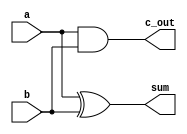
//----------------------------------------------------------------------
//Mohit Bhole
//iverilog
//Source: http://bleyer.org/icarus/

//----------------------------------------------------------------------


//Simple components are used from Dr. Becker's slides
module AddHalf (input a, b, 
                output c_out, sum);

   xor G1(sum, a, b);	// Gate instance names are optional
   and G2(c_out, a, b);

endmodule 

module AddFull (input a, b, c_in, 
                output c_out, sum);	

   wire                w1, w2, w3;				// w1 is c_out; w2 is sum of first half adder
   AddHalf M1 (a, b, w1, w2);
   AddHalf M0 (w2, c_in, w3, sum);
   or (c_out, w1, w3);

endmodule 

module Mux2 (out, signal, in1, in2);

   parameter n = 4;
   input signal;
   input [n-1:0] in1;
   input [n-1:0] in2;
   output [n-1:0] out;
   assign out = (signal? in1 : in2);

endmodule 

module Mux4(a3, a2, a1, a0, s, b);

   parameter k = 5;
   input [k-1:0] a3, a2, a1, a0; // inputs
   input [3:0]   s;              // one-hot select
   output [k-1:0] b;
   assign b = (s[0]? a0 :
               (s[1]? a1 :
                (s[2]? a2 : a3)));

endmodule 

module binaryMux4(a,b,c,d,sel,out);

   parameter n = 16;
   input [n-1:0] a;        // 4-bit input called a
   input [n-1:0] b;        // 4-bit input called b
   input [n-1:0] c;        // 4-bit input called c
   input [n-1:0] d;        // 4-bit input called d
   input [1:0] sel;        // input sel used to select between a,b,c,d
   output [n-1:0] out;     // 4-bit output based on input sel
 
   // When sel[1] is 0, (sel[0]? b:a) is selected and when sel[1] is 1, (sel[0] ? d:c) is taken
   // When sel[0] is 0, a is sent to output, else b and when sel[0] is 0, c is sent to output, else d
   assign out = sel[1] ? (sel[0] ? d : c) : (sel[0] ? b : a);

endmodule

module fourBitPriorityEncoder(in, out, valid);

   input [3:0] in;
   output valid;
   output [1:0] out;
   wire and1;
   and A1(and1, in[1],~in[2]);
   or O1(out[1], in[2],in[3]);
   or O2(out[0],in[3],and1);
   assign valid = in[3] | in[2] | in[1] | in[0];

endmodule

module sixteenBitPriorityEncoder(in, out, valid);

   input [15:0] in;
   output [3:0] out;
   output valid;
   wire [1:0] e1o,e2o,e3o,e4o;
   wire [1:0] o1,o2,o3,o4;
   wire [3:0] con1,con2;
   
   wire v0,v1,v2,v3,v4,v5;
   assign o1[0] = e1o[0] ^ v0;
   assign o2[0] = e2o[0] ^ v1;
   assign o3[0] = e3o[0] ^ v2;
   assign o4[0] = e4o[0] ^ v3;
   assign o1[1] = e1o[1];
   assign o2[1] = e2o[1];
   assign o3[1] = e3o[1];
   assign o4[1] = e4o[1];
   assign con1 = {{o4[0]|o4[1]},{o3[0]|o3[1]},{o2[0]|o2[1]},{o1[0]|o1[1]}};   //used to determine the first 

   fourBitPriorityEncoder e1(in[3:0],e1o,v0);
   fourBitPriorityEncoder e2(in[7:4],e2o,v1);
   fourBitPriorityEncoder e3(in[11:8],e3o,v2);
   fourBitPriorityEncoder e4(in[15:12],e4o,v3);
   fourBitPriorityEncoder e5(con1,out[3:2],v4);                         //We encode con1 to use the out as a selector for the mux
   fourBitPriorityEncoder e6(con2,out[1:0],v5); 
   binaryMux4 #(4) m(in[3:0],in[7:4],in[11:8],in[15:12],out[3:2],con2); //depending on which section we choose the second part of the accordingly
   assign valid = v4 | v5;

endmodule

module Sub(a, b, cin, ovf, diff);

   parameter n = 16;
   input [n-1:0] a, b;
   output [n-1:0] diff;
   input         cin;
   output        ovf;
   wire [n-1:0]   carry;
   wire [n-1:0]   w;
   wire [n-1:0]   xorWire;
   assign xorWire = {n{1'b1}};                                          //fill cinWire up with the cin value n times so it can be xor'd
   assign w = b ^ xorWire;                                              //xor the values
   genvar i;                                                            //variable for iteration in generate for loop
   generate                                                             //generate code over and over
      for (i = 0;i<n;i=i+1) begin                                       //generate multiple instances
         if(i==0)                                                       //For the first time take the cin
            AddFull A0(a[i], w[i], cin, carry[i], diff[i]);
         else                                                           //otherwise just do the usual
            AddFull A(a[i], w[i], carry[i-1], carry[i], diff[i]);
         end
      assign ovf = carry[n-1]^cin;                                      //assign the cout to the proper value
   endgenerate

endmodule 

module ShiftLeft(num, shift, shifted);

   input [15:0]  num;
   input [3:0]   shift;                                                 // max shift amount is 15
   output [15:0] shifted;
   
   wire [15:0]   layer0;
   wire [15:0]   layer1;
   wire [15:0]   layer2;

   parameter n = 1;
   // layer 0
   Mux2 #(n) SL0_0  (layer0[0],  shift[0], 1'b0,    num[0]);
   Mux2 #(n) SL0_1  (layer0[1],  shift[0], num[0],  num[1]);
   Mux2 #(n) SL0_2  (layer0[2],  shift[0], num[1],  num[2]);
   Mux2 #(n) SL0_3  (layer0[3],  shift[0], num[2],  num[3]);
   Mux2 #(n) SL0_4  (layer0[4],  shift[0], num[3],  num[4]);
   Mux2 #(n) SL0_5  (layer0[5],  shift[0], num[4],  num[5]);
   Mux2 #(n) SL0_6  (layer0[6],  shift[0], num[5],  num[6]);
   Mux2 #(n) SL0_7  (layer0[7],  shift[0], num[6],  num[7]);
   Mux2 #(n) SL0_8  (layer0[8],  shift[0], num[7],  num[8]);
   Mux2 #(n) SL0_9  (layer0[9],  shift[0], num[8],  num[9]);
   Mux2 #(n) SL0_10 (layer0[10], shift[0], num[9],  num[10]);
   Mux2 #(n) SL0_11 (layer0[11], shift[0], num[10], num[11]);
   Mux2 #(n) SL0_12 (layer0[12], shift[0], num[11], num[12]);
   Mux2 #(n) SL0_13 (layer0[13], shift[0], num[12], num[13]);
   Mux2 #(n) SL0_14 (layer0[14], shift[0], num[13], num[14]);
   Mux2 #(n) SL0_15 (layer0[15], shift[0], num[14], num[15]);
   // layer 2
   Mux2 #(n) SL1_0  (layer1[0],  shift[1], 1'b0,       layer0[0]);
   Mux2 #(n) SL1_1  (layer1[1],  shift[1], 1'b0,       layer0[1]);
   Mux2 #(n) SL1_2  (layer1[2],  shift[1], layer0[0],  layer0[2]);
   Mux2 #(n) SL1_3  (layer1[3],  shift[1], layer0[1],  layer0[3]);
   Mux2 #(n) SL1_4  (layer1[4],  shift[1], layer0[2],  layer0[4]);
   Mux2 #(n) SL1_5  (layer1[5],  shift[1], layer0[3],  layer0[5]);
   Mux2 #(n) SL1_6  (layer1[6],  shift[1], layer0[4],  layer0[6]);
   Mux2 #(n) SL1_7  (layer1[7],  shift[1], layer0[5],  layer0[7]);
   Mux2 #(n) SL1_8  (layer1[8],  shift[1], layer0[6],  layer0[8]);
   Mux2 #(n) SL1_9  (layer1[9],  shift[1], layer0[7],  layer0[9]);
   Mux2 #(n) SL1_10 (layer1[10], shift[1], layer0[8],  layer0[10]);
   Mux2 #(n) SL1_11 (layer1[11], shift[1], layer0[9],  layer0[11]);
   Mux2 #(n) SL1_12 (layer1[12], shift[1], layer0[10], layer0[12]);
   Mux2 #(n) SL1_13 (layer1[13], shift[1], layer0[11], layer0[13]);
   Mux2 #(n) SL1_14 (layer1[14], shift[1], layer0[12], layer0[14]);
   Mux2 #(n) SL1_15 (layer1[15], shift[1], layer0[13], layer0[15]);
   // layer 2
   Mux2 #(n) SL2_0  (layer2[0],  shift[2], 1'b0,       layer1[0]);
   Mux2 #(n) SL2_1  (layer2[1],  shift[2], 1'b0,       layer1[1]);
   Mux2 #(n) SL2_2  (layer2[2],  shift[2], 1'b0,       layer1[2]);
   Mux2 #(n) SL2_3  (layer2[3],  shift[2], 1'b0,       layer1[3]);
   Mux2 #(n) SL2_4  (layer2[4],  shift[2], layer1[0],  layer1[4]);
   Mux2 #(n) SL2_5  (layer2[5],  shift[2], layer1[1],  layer1[5]);
   Mux2 #(n) SL2_6  (layer2[6],  shift[2], layer1[2],  layer1[6]);
   Mux2 #(n) SL2_7  (layer2[7],  shift[2], layer1[3],  layer1[7]);
   Mux2 #(n) SL2_8  (layer2[8],  shift[2], layer1[4],  layer1[8]);
   Mux2 #(n) SL2_9  (layer2[9],  shift[2], layer1[5],  layer1[9]);
   Mux2 #(n) SL2_10 (layer2[10], shift[2], layer1[6],  layer1[10]);
   Mux2 #(n) SL2_11 (layer2[11], shift[2], layer1[7],  layer1[11]);
   Mux2 #(n) SL2_12 (layer2[12], shift[2], layer1[8],  layer1[12]);
   Mux2 #(n) SL2_13 (layer2[13], shift[2], layer1[9],  layer1[13]);
   Mux2 #(n) SL2_14 (layer2[14], shift[2], layer1[10], layer1[14]);
   Mux2 #(n) SL2_15 (layer2[15], shift[2], layer1[11], layer1[15]);
   // layer 3
   Mux2 #(n) SL3_0  (shifted[0],  shift[3], 1'b0,      layer2[0]);
   Mux2 #(n) SL3_1  (shifted[1],  shift[3], 1'b0,      layer2[1]);
   Mux2 #(n) SL3_2  (shifted[2],  shift[3], 1'b0,      layer2[2]);
   Mux2 #(n) SL3_3  (shifted[3],  shift[3], 1'b0,      layer2[3]);
   Mux2 #(n) SL3_4  (shifted[4],  shift[3], 1'b0,      layer2[4]);
   Mux2 #(n) SL3_5  (shifted[5],  shift[3], 1'b0,      layer2[5]);
   Mux2 #(n) SL3_6  (shifted[6],  shift[3], 1'b0,      layer2[6]);
   Mux2 #(n) SL3_7  (shifted[7],  shift[3], 1'b0,      layer2[7]);
   Mux2 #(n) SL3_8  (shifted[8],  shift[3], layer2[0], layer2[8]);
   Mux2 #(n) SL3_9  (shifted[9],  shift[3], layer2[1], layer2[9]);
   Mux2 #(n) SL3_10 (shifted[10], shift[3], layer2[2], layer2[10]);
   Mux2 #(n) SL3_11 (shifted[11], shift[3], layer2[3], layer2[11]);
   Mux2 #(n) SL3_12 (shifted[12], shift[3], layer2[4], layer2[12]);
   Mux2 #(n) SL3_13 (shifted[13], shift[3], layer2[5], layer2[13]);
   Mux2 #(n) SL3_14 (shifted[14], shift[3], layer2[6], layer2[14]);
   Mux2 #(n) SL3_15 (shifted[15], shift[3], layer2[7], layer2[15]);

endmodule 


module changeSign(sign,num,out);

   parameter n= 16;
   input sign;
   input [n-1:0] num;
   output [n-1:0] out;
   wire valid;
   wire [n-1:0] flippedNum;
   Sub #(n) S(16'b0,num,1'b1,valid,flippedNum);
   Mux2 #(n) m(out,sign,flippedNum,num);

endmodule

module flipNegativeNum(sign,num1,num2,out1,out2);

   parameter n = 16;
   input sign;
   input [n-1:0] num1,num2;
   output [n-1:0] out1,out2;
   wire [n-1:0] flippedNum1,flippedNum2, tempIn1, tempIn2;
   changeSign #(n) cS1(sign,num1,flippedNum1);
   changeSign #(n) cS2(sign,num2,flippedNum2);
   Mux2 #(n) M1(out1,num1[n-1],flippedNum1,num1);
   Mux2 #(n) M2(out2,num2[n-1],flippedNum2,num2);

endmodule

module equalBitsDivide(dividend,divisor, quotient, rem);

   input [15:0] dividend,divisor;
   output [15:0] quotient, rem;
   assign quotient[15:1] = 14'b0;
   divideModule divideM(dividend,divisor,quotient[0],rem);

endmodule

module oneShiftDivide(dividend,divisor, quotient, rem);

   input [15:0] dividend;
   input [15:0] divisor;
   output [15:0] quotient, rem;
   wire [15:0] shiftedDivisor1;
   wire [15:0] rem13;
   
   assign quotient[15:2] = 12'b0;

   ShiftLeft sll1(divisor,4'b0001,shiftedDivisor1);

   divideModule divideM13(dividend,shiftedDivisor1,quotient[1],rem13);
   divideModule divideM14(rem13,divisor,quotient[0],rem);

endmodule

module twoShiftDivide(dividend,divisor, quotient, rem);

   input [15:0] dividend;
   input [15:0] divisor;
   output [15:0] quotient, rem;
   wire [15:0] shiftedDivisor1,shiftedDivisor2,shiftedDivisor3;
   wire [15:0] rem11,rem12,rem13;
   
   assign quotient[15:3] = 12'b0;

   ShiftLeft sll2(divisor,4'b0010,shiftedDivisor2);
   ShiftLeft sll1(divisor,4'b0001,shiftedDivisor1);

   divideModule divideM12(dividend,shiftedDivisor2,quotient[2],rem12);
   divideModule divideM13(rem12,shiftedDivisor1,quotient[1],rem13);
   divideModule divideM14(rem13,divisor,quotient[0],rem);

endmodule

module threeShiftDivide(dividend,divisor, quotient, rem);

   input [15:0] dividend;
   input [15:0] divisor;
   output [15:0] quotient, rem;
   wire [15:0] shiftedDivisor1,shiftedDivisor2,shiftedDivisor3;
   wire [15:0] rem11,rem12,rem13;
   
   assign quotient[15:4] = 11'b0;

   ShiftLeft sll3(divisor,4'b0011,shiftedDivisor3);
   ShiftLeft sll2(divisor,4'b0010,shiftedDivisor2);
   ShiftLeft sll1(divisor,4'b0001,shiftedDivisor1);

   divideModule divideM11(dividend,shiftedDivisor3,quotient[3],rem11);
   divideModule divideM12(rem11,shiftedDivisor2,quotient[2],rem12);
   divideModule divideM13(rem12,shiftedDivisor1,quotient[1],rem13);
   divideModule divideM14(rem13,divisor,quotient[0],rem);

endmodule

module fourShiftDivide(dividend,divisor, quotient, rem);

   input [15:0] dividend;
   input [15:0] divisor;
   output [15:0] quotient, rem;
   wire [15:0] shiftedDivisor1,shiftedDivisor2,shiftedDivisor3,
               shiftedDivisor4;
   wire [15:0] rem10,rem11,rem12,
               rem13;

   assign quotient[15:5] = 11'b0;

   ShiftLeft sll4(divisor,4'b0100,shiftedDivisor4);
   ShiftLeft sll3(divisor,4'b0011,shiftedDivisor3);
   ShiftLeft sll2(divisor,4'b0010,shiftedDivisor2);
   ShiftLeft sll1(divisor,4'b0001,shiftedDivisor1);
   
   divideModule divideM10(dividend,shiftedDivisor4,quotient[4],rem10);
   divideModule divideM11(rem10,shiftedDivisor3,quotient[3],rem11);
   divideModule divideM12(rem11,shiftedDivisor2,quotient[2],rem12);
   divideModule divideM13(rem12,shiftedDivisor1,quotient[1],rem13);
   divideModule divideM14(rem13,divisor,quotient[0],rem);

endmodule

module fiveShiftDivide(dividend,divisor, quotient, rem);

   input [15:0] dividend;
   input [15:0] divisor;
   output [15:0] quotient, rem;
   wire [15:0] shiftedDivisor1,shiftedDivisor2,shiftedDivisor3,
               shiftedDivisor4,shiftedDivisor5;
   wire [15:0] rem9,rem10,rem11,
               rem12,rem13;

   assign quotient[15:6] = 10'b0;

   ShiftLeft sll5(divisor,4'b0101,shiftedDivisor5);
   ShiftLeft sll4(divisor,4'b0100,shiftedDivisor4);
   ShiftLeft sll3(divisor,4'b0011,shiftedDivisor3);
   ShiftLeft sll2(divisor,4'b0010,shiftedDivisor2);
   ShiftLeft sll1(divisor,4'b0001,shiftedDivisor1);

   divideModule divideM9(dividend,shiftedDivisor5,quotient[5],rem9);
   divideModule divideM10(rem9,shiftedDivisor4,quotient[4],rem10);
   divideModule divideM11(rem10,shiftedDivisor3,quotient[3],rem11);
   divideModule divideM12(rem11,shiftedDivisor2,quotient[2],rem12);
   divideModule divideM13(rem12,shiftedDivisor1,quotient[1],rem13);
   divideModule divideM14(rem13,divisor,quotient[0],rem);

endmodule

module sixShiftDivide(dividend,divisor, quotient, rem);

   input [15:0] dividend;
   input [15:0] divisor;
   output [15:0] quotient, rem;
   wire [15:0] shiftedDivisor1,shiftedDivisor2,shiftedDivisor3,
               shiftedDivisor4,shiftedDivisor5,shiftedDivisor6;
   wire [15:0] rem8,rem9,rem10,
               rem11,rem12,rem13;

   assign quotient[15:7] = 9'b0;

   ShiftLeft sll6(divisor,4'b0110,shiftedDivisor6);
   ShiftLeft sll5(divisor,4'b0101,shiftedDivisor5);
   ShiftLeft sll4(divisor,4'b0100,shiftedDivisor4);
   ShiftLeft sll3(divisor,4'b0011,shiftedDivisor3);
   ShiftLeft sll2(divisor,4'b0010,shiftedDivisor2);
   ShiftLeft sll1(divisor,4'b0001,shiftedDivisor1);

   divideModule divideM8(dividend,shiftedDivisor6,quotient[6],rem8);
   divideModule divideM9(rem8,shiftedDivisor5,quotient[5],rem9);
   divideModule divideM10(rem9,shiftedDivisor4,quotient[4],rem10);
   divideModule divideM11(rem10,shiftedDivisor3,quotient[3],rem11);
   divideModule divideM12(rem11,shiftedDivisor2,quotient[2],rem12);
   divideModule divideM13(rem12,shiftedDivisor1,quotient[1],rem13);
   divideModule divideM14(rem13,divisor,quotient[0],rem);

endmodule

module sevenShiftDivide(dividend,divisor, quotient, rem);

   input [15:0] dividend;
   input [15:0] divisor;
   output [15:0] quotient, rem;
   wire [15:0] shiftedDivisor1,shiftedDivisor2,shiftedDivisor3,
               shiftedDivisor4,shiftedDivisor5,shiftedDivisor6,
               shiftedDivisor7;
   wire [15:0] rem7,rem8,rem9,
               rem10,rem11,rem12,
               rem13;
   
   assign quotient[15:8] = 8'b0;

   ShiftLeft sll7(divisor,4'b0111,shiftedDivisor7);
   ShiftLeft sll6(divisor,4'b0110,shiftedDivisor6);
   ShiftLeft sll5(divisor,4'b0101,shiftedDivisor5);
   ShiftLeft sll4(divisor,4'b0100,shiftedDivisor4);
   ShiftLeft sll3(divisor,4'b0011,shiftedDivisor3);
   ShiftLeft sll2(divisor,4'b0010,shiftedDivisor2);
   ShiftLeft sll1(divisor,4'b0001,shiftedDivisor1);

   divideModule divideM7(dividend,shiftedDivisor7,quotient[7],rem7);
   divideModule divideM8(rem7,shiftedDivisor6,quotient[6],rem8);
   divideModule divideM9(rem8,shiftedDivisor5,quotient[5],rem9);
   divideModule divideM10(rem9,shiftedDivisor4,quotient[4],rem10);
   divideModule divideM11(rem10,shiftedDivisor3,quotient[3],rem11);
   divideModule divideM12(rem11,shiftedDivisor2,quotient[2],rem12);
   divideModule divideM13(rem12,shiftedDivisor1,quotient[1],rem13);
   divideModule divideM14(rem13,divisor,quotient[0],rem);

endmodule

module eightShiftDivide(dividend,divisor, quotient, rem);

   input [15:0] dividend;
   input [15:0] divisor;
   output [15:0] quotient, rem;
   wire [15:0] shiftedDivisor1,shiftedDivisor2,shiftedDivisor3,
               shiftedDivisor4,shiftedDivisor5,shiftedDivisor6,
               shiftedDivisor7,shiftedDivisor8,shiftedDivisor9;
   wire [15:0] rem6,rem7,rem8,
               rem9,rem10,rem11,
               rem12,rem13;

   assign quotient[15:9] = 7'b0;

   ShiftLeft sll8(divisor,4'b1000,shiftedDivisor8);
   ShiftLeft sll7(divisor,4'b0111,shiftedDivisor7);
   ShiftLeft sll6(divisor,4'b0110,shiftedDivisor6);
   ShiftLeft sll5(divisor,4'b0101,shiftedDivisor5);
   ShiftLeft sll4(divisor,4'b0100,shiftedDivisor4);
   ShiftLeft sll3(divisor,4'b0011,shiftedDivisor3);
   ShiftLeft sll2(divisor,4'b0010,shiftedDivisor2);
   ShiftLeft sll1(divisor,4'b0001,shiftedDivisor1);

   divideModule divideM6(dividend,shiftedDivisor8,quotient[8],rem6);
   divideModule divideM7(rem6,shiftedDivisor7,quotient[7],rem7);
   divideModule divideM8(rem7,shiftedDivisor6,quotient[6],rem8);
   divideModule divideM9(rem8,shiftedDivisor5,quotient[5],rem9);
   divideModule divideM10(rem9,shiftedDivisor4,quotient[4],rem10);
   divideModule divideM11(rem10,shiftedDivisor3,quotient[3],rem11);
   divideModule divideM12(rem11,shiftedDivisor2,quotient[2],rem12);
   divideModule divideM13(rem12,shiftedDivisor1,quotient[1],rem13);
   divideModule divideM14(rem13,divisor,quotient[0],rem);

endmodule

module nineShiftDivide(dividend,divisor, quotient, rem);

   input [15:0] dividend;
   input [15:0] divisor;
   output [15:0] quotient, rem;
   wire [15:0] shiftedDivisor1,shiftedDivisor2,shiftedDivisor3,
               shiftedDivisor4,shiftedDivisor5,shiftedDivisor6,
               shiftedDivisor7,shiftedDivisor8,shiftedDivisor9;
   wire [15:0] rem5,rem6,rem7,
               rem8,rem9,rem10,
               rem11,rem12,rem13;

   assign quotient[15:10] = 6'b0;

   ShiftLeft sll9(divisor,4'b1001,shiftedDivisor9);
   ShiftLeft sll8(divisor,4'b1000,shiftedDivisor8);
   ShiftLeft sll7(divisor,4'b0111,shiftedDivisor7);
   ShiftLeft sll6(divisor,4'b0110,shiftedDivisor6);
   ShiftLeft sll5(divisor,4'b0101,shiftedDivisor5);
   ShiftLeft sll4(divisor,4'b0100,shiftedDivisor4);
   ShiftLeft sll3(divisor,4'b0011,shiftedDivisor3);
   ShiftLeft sll2(divisor,4'b0010,shiftedDivisor2);
   ShiftLeft sll1(divisor,4'b0001,shiftedDivisor1);

   divideModule divideM5(dividend,shiftedDivisor9,quotient[9],rem5);
   divideModule divideM6(rem5,shiftedDivisor8,quotient[8],rem6);
   divideModule divideM7(rem6,shiftedDivisor7,quotient[7],rem7);
   divideModule divideM8(rem7,shiftedDivisor6,quotient[6],rem8);
   divideModule divideM9(rem8,shiftedDivisor5,quotient[5],rem9);
   divideModule divideM10(rem9,shiftedDivisor4,quotient[4],rem10);
   divideModule divideM11(rem10,shiftedDivisor3,quotient[3],rem11);
   divideModule divideM12(rem11,shiftedDivisor2,quotient[2],rem12);
   divideModule divideM13(rem12,shiftedDivisor1,quotient[1],rem13);
   divideModule divideM14(rem13,divisor,quotient[0],rem);

endmodule

module tenShiftDivide(dividend,divisor, quotient, rem);

   input [15:0] dividend;
   input [15:0] divisor;
   output [15:0] quotient, rem;
   wire [15:0] shiftedDivisor1,shiftedDivisor2,shiftedDivisor3,
               shiftedDivisor4,shiftedDivisor5,shiftedDivisor6,
               shiftedDivisor7,shiftedDivisor8,shiftedDivisor9,
               shiftedDivisor10;
   wire [15:0] rem4,rem5,rem6,
               rem7,rem8,rem9,
               rem10,rem11,rem12,
               rem13;
               
   assign quotient[15:11] = 5'b0;

   ShiftLeft sll10(divisor,4'b1010,shiftedDivisor10);
   ShiftLeft sll9(divisor,4'b1001,shiftedDivisor9);
   ShiftLeft sll8(divisor,4'b1000,shiftedDivisor8);
   ShiftLeft sll7(divisor,4'b0111,shiftedDivisor7);
   ShiftLeft sll6(divisor,4'b0110,shiftedDivisor6);
   ShiftLeft sll5(divisor,4'b0101,shiftedDivisor5);
   ShiftLeft sll4(divisor,4'b0100,shiftedDivisor4);
   ShiftLeft sll3(divisor,4'b0011,shiftedDivisor3);
   ShiftLeft sll2(divisor,4'b0010,shiftedDivisor2);
   ShiftLeft sll1(divisor,4'b0001,shiftedDivisor1);

   divideModule divideM4(dividend,shiftedDivisor10,quotient[10],rem4);
   divideModule divideM5(rem4,shiftedDivisor9,quotient[9],rem5);
   divideModule divideM6(rem5,shiftedDivisor8,quotient[8],rem6);
   divideModule divideM7(rem6,shiftedDivisor7,quotient[7],rem7);
   divideModule divideM8(rem7,shiftedDivisor6,quotient[6],rem8);
   divideModule divideM9(rem8,shiftedDivisor5,quotient[5],rem9);
   divideModule divideM10(rem9,shiftedDivisor4,quotient[4],rem10);
   divideModule divideM11(rem10,shiftedDivisor3,quotient[3],rem11);
   divideModule divideM12(rem11,shiftedDivisor2,quotient[2],rem12);
   divideModule divideM13(rem12,shiftedDivisor1,quotient[1],rem13);
   divideModule divideM14(rem13,divisor,quotient[0],rem);

endmodule

module elevenShiftDivide(dividend,divisor, quotient, rem);

   input [15:0] dividend;
   input [15:0] divisor;
   output [15:0] quotient, rem;
   wire [15:0] shiftedDivisor1,shiftedDivisor2,shiftedDivisor3,
               shiftedDivisor4,shiftedDivisor5,shiftedDivisor6,
               shiftedDivisor7,shiftedDivisor8,shiftedDivisor9,
               shiftedDivisor10,shiftedDivisor11;
   wire [15:0] rem3,rem4,rem5,
               rem6,rem7,rem8,
               rem9,rem10,rem11,
               rem12,rem13;
               
   assign quotient[15:12] = 4'b0;

   ShiftLeft sll11(divisor,4'b1011,shiftedDivisor11);
   ShiftLeft sll10(divisor,4'b1010,shiftedDivisor10);
   ShiftLeft sll9(divisor,4'b1001,shiftedDivisor9);
   ShiftLeft sll8(divisor,4'b1000,shiftedDivisor8);
   ShiftLeft sll7(divisor,4'b0111,shiftedDivisor7);
   ShiftLeft sll6(divisor,4'b0110,shiftedDivisor6);
   ShiftLeft sll5(divisor,4'b0101,shiftedDivisor5);
   ShiftLeft sll4(divisor,4'b0100,shiftedDivisor4);
   ShiftLeft sll3(divisor,4'b0011,shiftedDivisor3);
   ShiftLeft sll2(divisor,4'b0010,shiftedDivisor2);
   ShiftLeft sll1(divisor,4'b0001,shiftedDivisor1);

   divideModule divideM3(dividend,shiftedDivisor11,quotient[11],rem3);
   divideModule divideM4(rem3,shiftedDivisor10,quotient[10],rem4);
   divideModule divideM5(rem4,shiftedDivisor9,quotient[9],rem5);
   divideModule divideM6(rem5,shiftedDivisor8,quotient[8],rem6);
   divideModule divideM7(rem6,shiftedDivisor7,quotient[7],rem7);
   divideModule divideM8(rem7,shiftedDivisor6,quotient[6],rem8);
   divideModule divideM9(rem8,shiftedDivisor5,quotient[5],rem9);
   divideModule divideM10(rem9,shiftedDivisor4,quotient[4],rem10);
   divideModule divideM11(rem10,shiftedDivisor3,quotient[3],rem11);
   divideModule divideM12(rem11,shiftedDivisor2,quotient[2],rem12);
   divideModule divideM13(rem12,shiftedDivisor1,quotient[1],rem13);
   divideModule divideM14(rem13,divisor,quotient[0],rem);

endmodule

module twelveShiftDivide(dividend,divisor, quotient, rem);

   input [15:0] dividend;
   input [15:0] divisor;
   output [15:0] quotient, rem;
   wire [15:0] shiftedDivisor1,shiftedDivisor2,shiftedDivisor3,
               shiftedDivisor4,shiftedDivisor5,shiftedDivisor6,
               shiftedDivisor7,shiftedDivisor8,shiftedDivisor9,
               shiftedDivisor10,shiftedDivisor11,shiftedDivisor12;
   wire [15:0] rem2,rem3,
               rem4,rem5,rem6,
               rem7,rem8,rem9,
               rem10,rem11,rem12,
               rem13;

   assign quotient[15:13] = 3'b0;
   
   ShiftLeft sll12(divisor,4'b1100,shiftedDivisor12);
   ShiftLeft sll11(divisor,4'b1011,shiftedDivisor11);
   ShiftLeft sll10(divisor,4'b1010,shiftedDivisor10);
   ShiftLeft sll9(divisor,4'b1001,shiftedDivisor9);
   ShiftLeft sll8(divisor,4'b1000,shiftedDivisor8);
   ShiftLeft sll7(divisor,4'b0111,shiftedDivisor7);
   ShiftLeft sll6(divisor,4'b0110,shiftedDivisor6);
   ShiftLeft sll5(divisor,4'b0101,shiftedDivisor5);
   ShiftLeft sll4(divisor,4'b0100,shiftedDivisor4);
   ShiftLeft sll3(divisor,4'b0011,shiftedDivisor3);
   ShiftLeft sll2(divisor,4'b0010,shiftedDivisor2);
   ShiftLeft sll1(divisor,4'b0001,shiftedDivisor1);

   divideModule divideM2(dividend,shiftedDivisor12,quotient[12],rem2);
   divideModule divideM3(rem2,shiftedDivisor11,quotient[11],rem3);
   divideModule divideM4(rem3,shiftedDivisor10,quotient[10],rem4);
   divideModule divideM5(rem4,shiftedDivisor9,quotient[9],rem5);
   divideModule divideM6(rem5,shiftedDivisor8,quotient[8],rem6);
   divideModule divideM7(rem6,shiftedDivisor7,quotient[7],rem7);
   divideModule divideM8(rem7,shiftedDivisor6,quotient[6],rem8);
   divideModule divideM9(rem8,shiftedDivisor5,quotient[5],rem9);
   divideModule divideM10(rem9,shiftedDivisor4,quotient[4],rem10);
   divideModule divideM11(rem10,shiftedDivisor3,quotient[3],rem11);
   divideModule divideM12(rem11,shiftedDivisor2,quotient[2],rem12);
   divideModule divideM13(rem12,shiftedDivisor1,quotient[1],rem13);
   divideModule divideM14(rem13,divisor,quotient[0],rem);

endmodule

module thirteenShiftDivide(dividend,divisor, quotient, rem);

   input [15:0] dividend;
   input [15:0] divisor;
   output [15:0] quotient, rem;
   wire [15:0] shiftedDivisor1,shiftedDivisor2,shiftedDivisor3,
               shiftedDivisor4,shiftedDivisor5,shiftedDivisor6,
               shiftedDivisor7,shiftedDivisor8,shiftedDivisor9,
               shiftedDivisor10,shiftedDivisor11,shiftedDivisor12,
               shiftedDivisor13;
   wire [15:0] rem1,rem2,rem3,
               rem4,rem5,rem6,
               rem7,rem8,rem9,
               rem10,rem11,rem12,
               rem13;
               
   assign quotient[15:14] = 2'b0;

   ShiftLeft sll13(divisor,4'b1101,shiftedDivisor13);
   ShiftLeft sll12(divisor,4'b1100,shiftedDivisor12);
   ShiftLeft sll11(divisor,4'b1011,shiftedDivisor11);
   ShiftLeft sll10(divisor,4'b1010,shiftedDivisor10);
   ShiftLeft sll9(divisor,4'b1001,shiftedDivisor9);
   ShiftLeft sll8(divisor,4'b1000,shiftedDivisor8);
   ShiftLeft sll7(divisor,4'b0111,shiftedDivisor7);
   ShiftLeft sll6(divisor,4'b0110,shiftedDivisor6);
   ShiftLeft sll5(divisor,4'b0101,shiftedDivisor5);
   ShiftLeft sll4(divisor,4'b0100,shiftedDivisor4);
   ShiftLeft sll3(divisor,4'b0011,shiftedDivisor3);
   ShiftLeft sll2(divisor,4'b0010,shiftedDivisor2);
   ShiftLeft sll1(divisor,4'b0001,shiftedDivisor1);

   divideModule divideM1(dividend,shiftedDivisor13,quotient[13],rem1);
   divideModule divideM2(rem1,shiftedDivisor12,quotient[12],rem2);
   divideModule divideM3(rem2,shiftedDivisor11,quotient[11],rem3);
   divideModule divideM4(rem3,shiftedDivisor10,quotient[10],rem4);
   divideModule divideM5(rem4,shiftedDivisor9,quotient[9],rem5);
   divideModule divideM6(rem5,shiftedDivisor8,quotient[8],rem6);
   divideModule divideM7(rem6,shiftedDivisor7,quotient[7],rem7);
   divideModule divideM8(rem7,shiftedDivisor6,quotient[6],rem8);
   divideModule divideM9(rem8,shiftedDivisor5,quotient[5],rem9);
   divideModule divideM10(rem9,shiftedDivisor4,quotient[4],rem10);
   divideModule divideM11(rem10,shiftedDivisor3,quotient[3],rem11);
   divideModule divideM12(rem11,shiftedDivisor2,quotient[2],rem12);
   divideModule divideM13(rem12,shiftedDivisor1,quotient[1],rem13);
   divideModule divideM14(rem13,divisor,quotient[0],rem);

endmodule

module fourteenShiftDivide(dividend,divisor, quotient, rem);

   input [15:0] dividend;
   input [15:0] divisor;
   output [15:0] quotient, rem;
   wire [15:0] shiftedDivisor1,shiftedDivisor2,shiftedDivisor3,
               shiftedDivisor4,shiftedDivisor5,shiftedDivisor6,
               shiftedDivisor7,shiftedDivisor8,shiftedDivisor9,
               shiftedDivisor10,shiftedDivisor11,shiftedDivisor12,
               shiftedDivisor13,shiftedDivisor14;
   wire [15:0] rem0,rem1,rem2,
               rem3,rem4,rem5,
               rem6, rem7,rem8,
               rem9,rem10,rem11,
               rem12,rem13,rem14;

   assign quotient[15] = 1'b0;

   ShiftLeft sll14(divisor,4'b1110,shiftedDivisor14);
   ShiftLeft sll13(divisor,4'b1101,shiftedDivisor13);
   ShiftLeft sll12(divisor,4'b1100,shiftedDivisor12);
   ShiftLeft sll11(divisor,4'b1011,shiftedDivisor11);
   ShiftLeft sll10(divisor,4'b1010,shiftedDivisor10);
   ShiftLeft sll9(divisor,4'b1001,shiftedDivisor9);
   ShiftLeft sll8(divisor,4'b1000,shiftedDivisor8);
   ShiftLeft sll7(divisor,4'b0111,shiftedDivisor7);
   ShiftLeft sll6(divisor,4'b0110,shiftedDivisor6);
   ShiftLeft sll5(divisor,4'b0101,shiftedDivisor5);
   ShiftLeft sll4(divisor,4'b0100,shiftedDivisor4);
   ShiftLeft sll3(divisor,4'b0011,shiftedDivisor3);
   ShiftLeft sll2(divisor,4'b0010,shiftedDivisor2);
   ShiftLeft sll1(divisor,4'b0001,shiftedDivisor1);

   divideModule divideM0(dividend,shiftedDivisor14,quotient[14],rem0);
   divideModule divideM1(rem0,shiftedDivisor13,quotient[13],rem1);
   divideModule divideM2(rem1,shiftedDivisor12,quotient[12],rem2);
   divideModule divideM3(rem2,shiftedDivisor11,quotient[11],rem3);
   divideModule divideM4(rem3,shiftedDivisor10,quotient[10],rem4);
   divideModule divideM5(rem4,shiftedDivisor9,quotient[9],rem5);
   divideModule divideM6(rem5,shiftedDivisor8,quotient[8],rem6);
   divideModule divideM7(rem6,shiftedDivisor7,quotient[7],rem7);
   divideModule divideM8(rem7,shiftedDivisor6,quotient[6],rem8);
   divideModule divideM9(rem8,shiftedDivisor5,quotient[5],rem9);
   divideModule divideM10(rem9,shiftedDivisor4,quotient[4],rem10);
   divideModule divideM11(rem10,shiftedDivisor3,quotient[3],rem11);
   divideModule divideM12(rem11,shiftedDivisor2,quotient[2],rem12);
   divideModule divideM13(rem12,shiftedDivisor1,quotient[1],rem13);
   divideModule divideM14(rem13,divisor,quotient[0],rem);

endmodule

module divideByOne(dividend,divisor, quotient, rem);

   //If you have to shift the dividend over fifteen then you are dividing by 1
   input [15:0] dividend,divisor;
   output [15:0] quotient, rem;
   assign quotient = dividend;
   assign rem = 0;

endmodule

module longDivisionMux(input [15:0] D0,D1,D2,D3,D4,D5,D6,D7,D8,D9,D10,D11,D12,D13,D14,D15,input [3:0] selector,output [15:0] out);

   wire [15:0] out1,out2,out3,out4;
   binaryMux4 m1(D0,D1,D2,D3,selector[1:0],out1);
   binaryMux4 m2(D4,D5,D6,D7,selector[1:0],out2);
   binaryMux4 m3(D8,D9,D10,D11,selector[1:0],out3);
   binaryMux4 m4(D12,D13,D14,D15,selector[1:0],out4);
   binaryMux4 final(out1,out2,out3,out4,selector[3:2],out);

endmodule

module sixteenBitCompare(a,b,eq,gt,lt);

   input [15:0] a,b;
   output eq,gt,lt;
   wire cout;
   wire [15:0] out;
   Sub #(16) s(a,b,1'b1,cout,out);
   assign eq = ~out[15]&~out[14]&~out[13]&~out[12]&~out[11]&~out[10]&~out[9]&~out[8]&~out[7]&~out[6]&~out[5]&~out[4]&~out[3]&~out[2]&~out[1]&~out[0];
   assign gt = ~out[15]^eq;
   assign lt = out[15]^eq;

endmodule

module divideModule(dividend, divisor, quotientBit, result);

   parameter n = 16;
   input [n-1:0] dividend;
   input [n-1:0] divisor;
   output quotientBit;
   output [n-1:0] result;
   wire [n-1:0] difference;
   wire ovf,gt,lt,eq;
   Sub s(dividend,divisor,1'b1,ovf,difference);
   sixteenBitCompare c(divisor,dividend,eq,gt,lt);
   Mux2 #(1) m0(quotientBit,gt,1'b0,1'b1);
   Mux2 #(n) m(result, quotientBit, difference, dividend);

endmodule

module Div(dividend, divisor, quotient, rem);

   input [15:0] dividend, divisor;
   output [15:0] quotient, rem;
   wire [15:0] quotient0, quotient1,quotient2,
               quotient3,quotient4,quotient5,
               quotient6,quotient7,quotient8,
               quotient9,quotient10,quotient11,
               quotient12,quotient13,quotient14,
               quotient15;
   wire [15:0] rem0,rem1,rem2,
            rem3,rem4,rem5,
            rem6, rem7,rem8,
            rem9,rem10,rem11,
            rem12,rem13,rem14,
            rem15;
   wire [15:0] ovf,valid0,valid1,valid2;
   wire [3:0] dendSize,sorSize,diffSize,tempDiff;
   wire subOverflow;
   wire sign = dividend[15] ^ divisor[15];
   wire doubleNegative = dividend[15] & divisor[15];
   wire [15:0] dividendFixed, divisorFixed;
   wire [15:0] divisorOneFlipped, dividendOneFlipped, divisorFlipped, dividendFlipped;
   wire [15:0] quotientOut, remOut;
   flipNegativeNum fNN(sign,dividend,divisor,dividendOneFlipped,divisorOneFlipped);
   changeSign cS0(doubleNegative,dividend,dividendFlipped);
   changeSign cS1(doubleNegative,divisor,divisorFlipped);
   Mux2 #(16) muxEnd(dividendFixed,doubleNegative,dividendFlipped,dividendOneFlipped);
   Mux2 #(16) muxSor(divisorFixed,doubleNegative,divisorFlipped,divisorOneFlipped);
   sixteenBitPriorityEncoder e(dividendFixed, dendSize, valid0[0]);
   sixteenBitPriorityEncoder e1(divisorFixed, sorSize, valid1[0]);
   wire eq,gt,lt,gteq;
   assign gteq = gt|eq;
   sixteenBitCompare sBC(dividendFixed,divisorFixed,eq,gt,lt);
   Sub #(4) S2(dendSize,sorSize,1'b1,valid2[0],tempDiff);
   assign diffSize = tempDiff & {4{gteq}};


   //THere's different modules for shifting left n number of times and then dividing
   //I cou'dnt figure out a way to use a generate for loop with a variable inside so I just made 16 modules
   equalBitsDivide d0(dividendFixed,divisorFixed,quotient0,rem0);
   oneShiftDivide d1(dividendFixed,divisorFixed,quotient1,rem1);
   twoShiftDivide d2(dividendFixed,divisorFixed,quotient2,rem2);
   threeShiftDivide d3(dividendFixed,divisorFixed,quotient3,rem3);
   fourShiftDivide d4(dividendFixed,divisorFixed,quotient4,rem4);
   fiveShiftDivide d5(dividendFixed,divisorFixed,quotient5,rem5);
   sixShiftDivide d6(dividendFixed,divisorFixed,quotient6,rem6);
   sevenShiftDivide d7(dividendFixed,divisorFixed,quotient7,rem7);
   eightShiftDivide d8(dividendFixed,divisorFixed,quotient8,rem8);
   nineShiftDivide d9(dividendFixed,divisorFixed,quotient9,rem9);
   tenShiftDivide d10(dividendFixed,divisorFixed,quotient10,rem10);
   elevenShiftDivide d11(dividendFixed,divisorFixed,quotient11,rem11);
   twelveShiftDivide d12(dividendFixed,divisorFixed,quotient12,rem12);
   thirteenShiftDivide d13(dividendFixed,divisorFixed,quotient13,rem13);
   fourteenShiftDivide d14(dividendFixed,divisorFixed,quotient14,rem14);
   divideByOne d15(dividendFixed,divisorFixed,quotient15,rem15);
   
   longDivisionMux muxQ(quotient0,quotient1,quotient2,quotient3,quotient4,quotient5,
                     quotient6,quotient7,quotient8,quotient9,quotient10,quotient11,
                     quotient12,quotient13,quotient14,quotient15,diffSize,quotientOut);
   longDivisionMux muxR(rem0,rem1,rem2,rem3,rem4,rem5,
                     rem6,rem7,rem8,rem9,rem10,rem11,
                     rem12,rem13,rem14,rem15,diffSize,remOut);
   changeSign #(16) fNNQ(sign,quotientOut,quotient);
   changeSign #(16) fNNR(dividend[15],remOut,rem);   

endmodule // Div

module testbench();
    
   wire signed [15:0] A,B;
   wire [15:0] resultDiv;
   wire [15:0] DivRem;
   assign A=25;
   assign B=5;
   Div d(A, B, resultDiv, DivRem);

   initial begin
      #1
      $display("Divider:\n Dividing \t%d \tby \t%d\n Quotient: \t%d, \tRemainder: %d\n\n", A, B, resultDiv, DivRem);
   end

endmodule // testbench